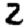
Digit: 2